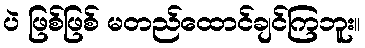
ပဲ ဖြစ်ဖြစ် မတည်ထောင်ချင်ကြဘူး။